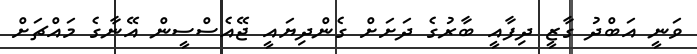
ވަނީ އަބްދު ގާޒީ ދިފާއީ ބާރުގެ ދަށަށް ގެންދިޔައީ ޖޭއެސްސީން އޭނާގެ މައްޗަށް